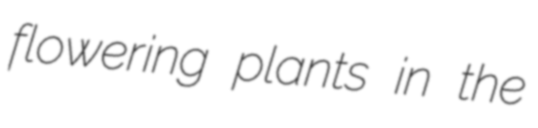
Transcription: flowering plants in the